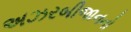
અઝરબીજાનનો